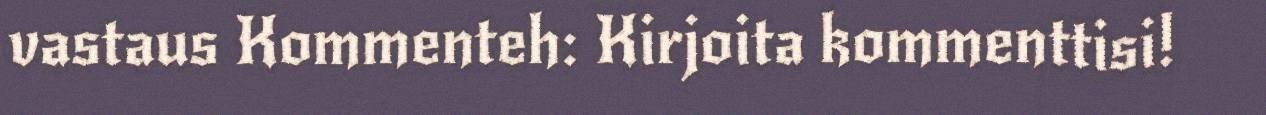
vastaus Kommenteh: Kirjoita kommenttisi!